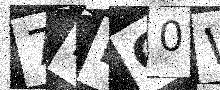
Text: 7FDG0W